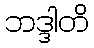
ဘဒ္ဒါတိ